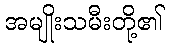
အမျိုးသမီးတို့၏